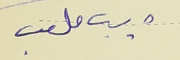
ديب ملعب